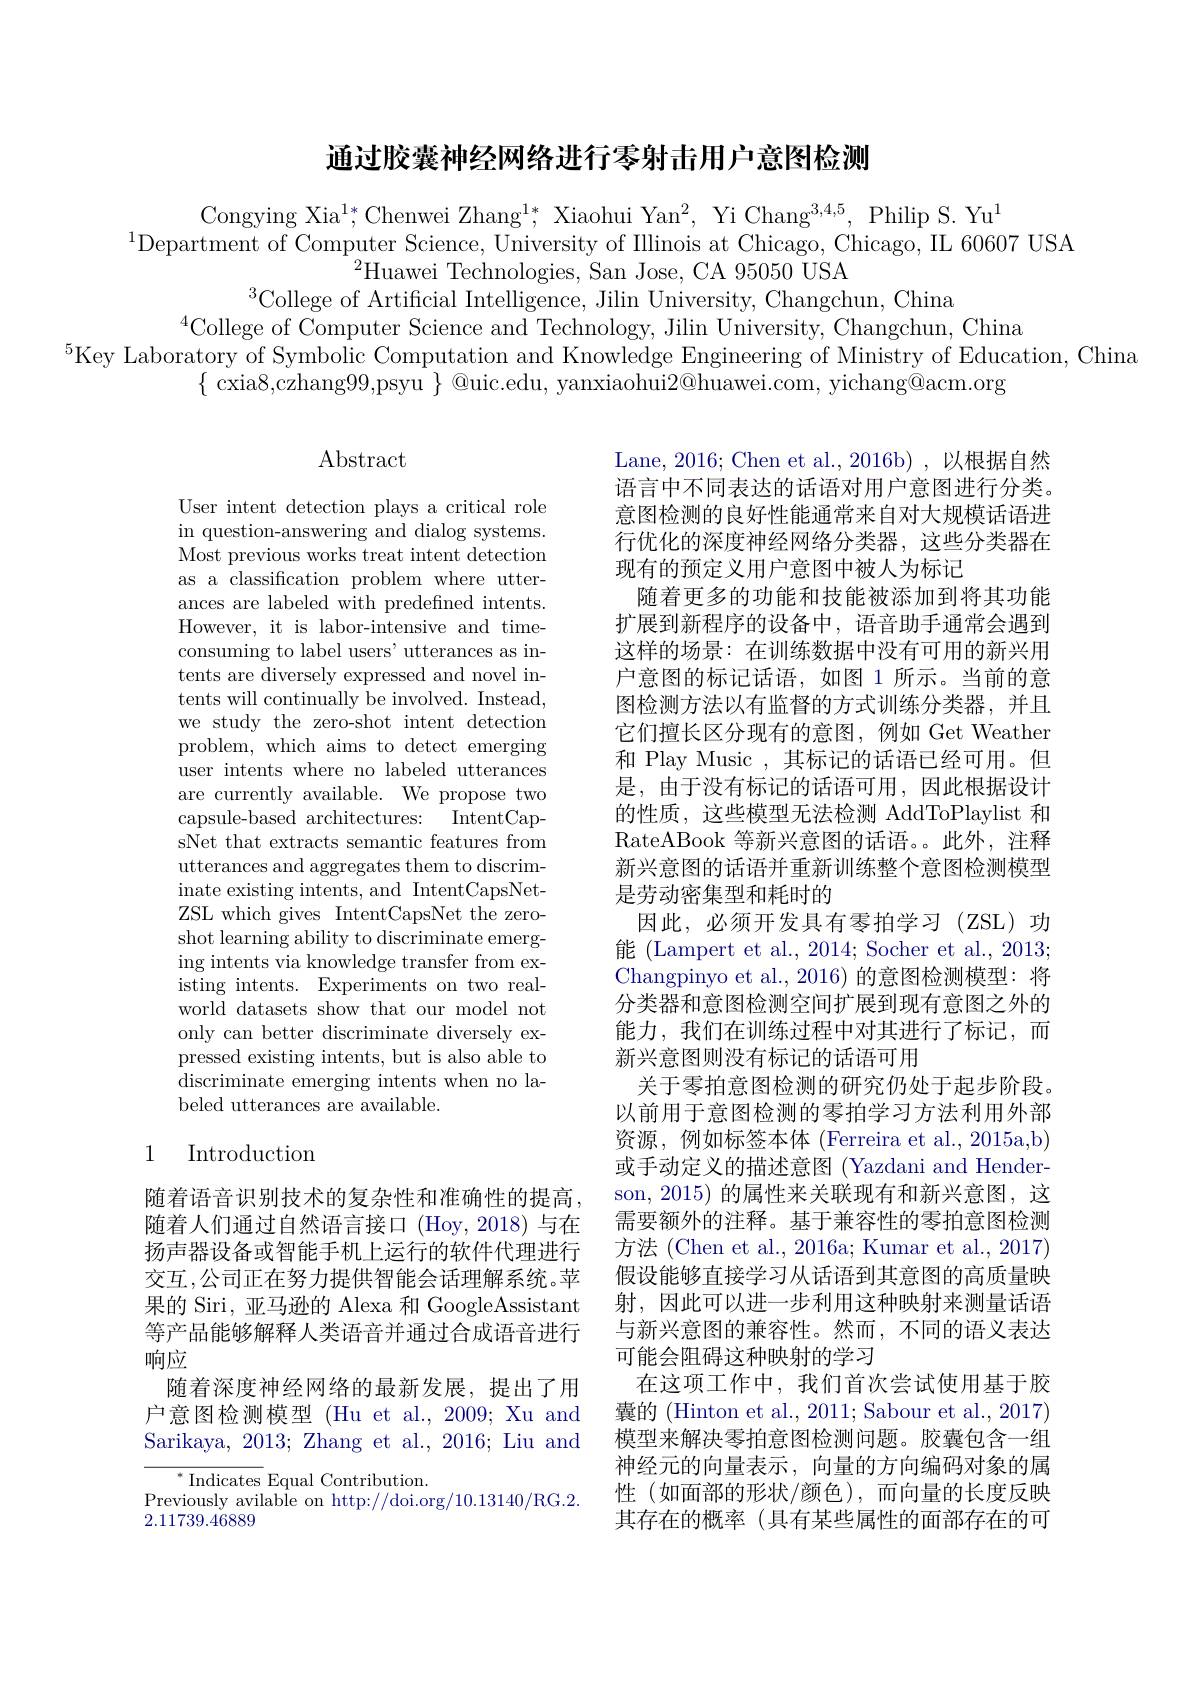
通过胶囊神经网络进行零射击用户意图检测

Congying Xia$^1*$,Chenwei Zhang$^1*$, Xiaohui Yan$^2$, Yi Chang$^3,4$, Philip S. Yu$^1$
$^{1}$Department of Computer Science, University of Illinois at Chicago, Chicago, IIL 60607 USA
$^{2}$Huawei Technologies, San Jose, CA 95050 USA
$^{3}$College of Artificial Intelligence, Jilin University, Changchun, China

$^{4}\bar{\text{College of Computer Science and Technology, Jilin University, Changchun, China}}$
$^{5}$Key Laboratory of Symbolic Computation and Knowledge Engineering of Ministry of Education, China
$\{$ cxia8,czhang99,psyu $\}$ @uic.edu, yanxiaohui2@huawei.com, yichang@acm.org

## $\operatorname{Abstract}$

User intent detection plays a critical role in question-answering and dialog systems. Most previous works treat intent detection as a classification problem where utterances are labeled with predefined intents. However, it is labor-intensive and timeconsuming to label users' utterances as intents are diversely expressed and novel intents will continually be involved. Instead, we study the zero-shot intent detection problem, which aims to detect emerging user intents where no labeled utterances are currently available. We propose two capsule-based architectures: IntentCapsNet that extracts semantic features from utterances and aggregates them to discriminate existing intents, and IntentCapsNetZSL which gives IntentCapsNet the zeroshot learning ability to discriminate emerging intents via knowledge transfer from existing intents. Experiments on two realworld datasets show that our model not only can better discriminate diversely expressed existing intents, but is also able to discriminate emerging intents when no labeled utterances are available.

Lane, 2016; Chen et al., 2016b) , 以根据自然语言中不同表达的话语对用户意图进行分类。意图检测的良好性能通常来自对大规模话语进行优化的深度神经网络分类器，这些分类器在现有的预定义用户意图中被人为标记
随着更多的功能和技能被添加到将其功能扩展到新程序的设备中，语音助手通常会遇到这样的场景：在训练数据中没有可用的新兴用户意图的标记话语，如图 1 所示。当前的意图检测方法以有监督的方式训练分类器，并且它们擅长区分现有的意图，例如 Get Weather 和 Play Music , 其标记的话语已经可用。但是，由于没有标记的话语可用，因此根据设计的性质，这些模型无法检测 AddToPlaylist 和RateABook 等新兴意图的话语。此外，注释新兴意图的话语并重新训练整个意图检测模型是劳动密集型和耗时的
因此，必须开发具有零拍学习(ZSL)功能 (Lampert et al., 2014; Socher et al., 2013; Changpinyo et al.,2016)的意图检测模型：将分类器和意图检测空间扩展到现有意图之外的能力，我们在训练过程中对其进行了标记，而新兴意图则没有标记的话语可用
关于零拍意图检测的研究仍处于起步阶段。以前用于意图检测的零拍学习方法利用外部资源，例如标签本体 (Ferreira et al., 2015a,b) 或手动定义的描述意图(Yazdani and Henderson, 2015) 的属性来关联现有和新兴意图，这需要额外的注释。基于兼容性的零拍意图检测方法 (Chen et al., 2016a; Kumar et al., 2017) 假设能够直接学习从话语到其意图的高质量映射，因此可以进一步利用这种映射来测量话语与新兴意图的兼容性。然而，不同的语义表达可能会阻碍这种映射的学习
在这项工作中，我们首次尝试使用基于胶囊的 (Hinton et al., 2011; Sabour et al., 2017) 模型来解决零拍意图检测问题。胶囊包含一组神经元的向量表示，向量的方向编码对象的属性(如面部的形状/颜色),而向量的长度反映其存在的概率(具有某些属性的面部存在的可

## 1 Introduction

随着语音识别技术的复杂性和准确性的提高， 随着人们通过自然语言接口 (Hoy,2018)与在扬声器设备或智能手机上运行的软件代理进行交互，公司正在努力提供智能会话理解系统。苹果的 Siri, 亚马逊的 Alexa 和 GoogleAssistant 等产品能够解释人类语音并通过合成语音进行响应
随着深度神经网络的最新发展，提出了用户意图检测模型 (Hu et al., 2009; Xu and Sarikaya, 2013; Zhang et al., 2016; Liu and
$^*$ Indicates Equal Contribution.
Previously avilable on http://doi.org/10.13140/RG.2.

2.11739.46889